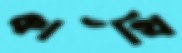
কাঁথি